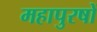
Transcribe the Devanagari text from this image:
महापुरषों